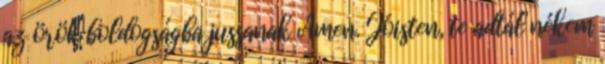
az örök boldogságba jussanak Ámen. Jóisten, te adtál nékem